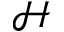
\mathcal H